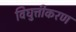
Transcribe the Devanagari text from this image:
विघुत्तीकरण